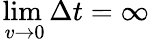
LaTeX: \operatorname*{lim}_{\, v\to 0}\Delta t=\infty